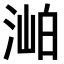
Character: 𣶎